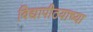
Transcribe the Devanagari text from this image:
विद्यापीठयाच्या